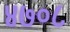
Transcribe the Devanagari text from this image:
४७०८